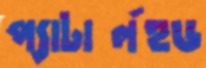
প্যাটার্লহুড